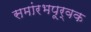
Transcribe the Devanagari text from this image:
समांरभपूर्वक